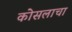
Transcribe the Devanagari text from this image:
कोसलाचा